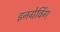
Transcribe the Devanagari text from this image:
इनग्रेविंग